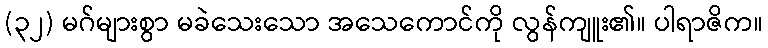
(၃၂) မဂ်များစွာ မခဲသေးသော အသေကောင်ကို လွန်ကျူး၏။ ပါရာဇိက။